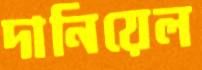
দানিয়েল